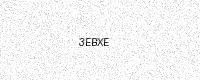
Text: 3EBXE